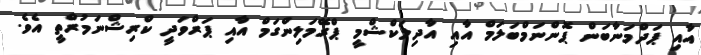
އާއި ޕަދްމަނާބަން ޕޮންނަމްބަލަމް އާއި އާދިލަކްޝްމީ ޕްރޭމަލިންގަމް އާއި ޕަރްވަދީ ކްރިޝްނަމުރްތީ އެވެ.